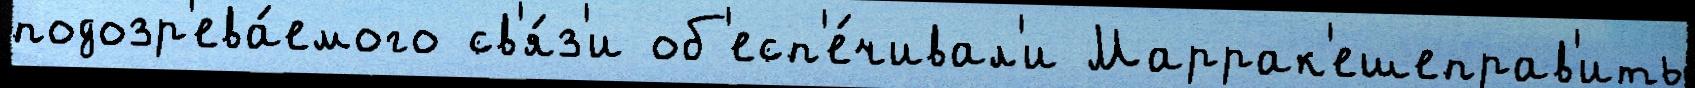
подозр'ева́емого св'я́з'и об'есп'е́чивал'и Маррак'ешеправ'ить